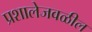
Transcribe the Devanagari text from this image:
प्रशालेजवळील